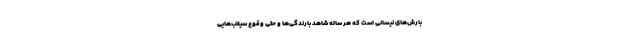
بارش‌های نیسانی است که هر ساله شاهد بارندگی‌ها و حتی وقوع سیلاب‌هایی